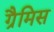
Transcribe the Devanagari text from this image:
ग्रैमिस